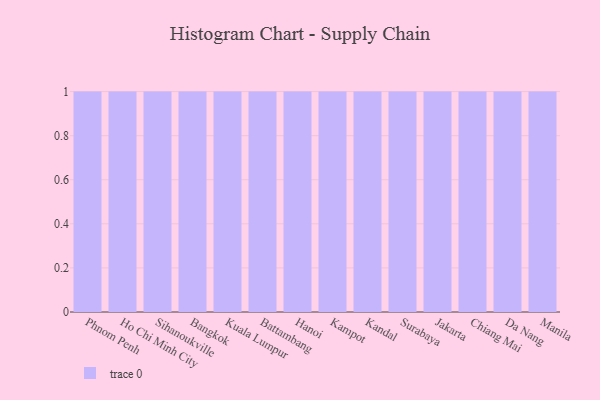
{"axis": {"x": "City", "y": "Churn Rate (%)"}, "legend": [""], "data": [{"x": "Phnom Penh", "y": 100, "type": ""}, {"x": "Ho Chi Minh City", "y": 13, "type": ""}, {"x": "Sihanoukville", "y": 14, "type": ""}, {"x": "Bangkok", "y": 9, "type": ""}, {"x": "Kuala Lumpur", "y": 51, "type": ""}, {"x": "Battambang", "y": 33, "type": ""}, {"x": "Hanoi", "y": 17, "type": ""}, {"x": "Kampot", "y": 25, "type": ""}, {"x": "Kandal", "y": 61, "type": ""}, {"x": "Surabaya", "y": 17, "type": ""}, {"x": "Jakarta", "y": 85, "type": ""}, {"x": "Chiang Mai", "y": 36, "type": ""}, {"x": "Da Nang", "y": 67, "type": ""}, {"x": "Manila", "y": 13, "type": ""}]}